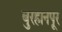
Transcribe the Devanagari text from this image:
बुरहानपूर